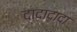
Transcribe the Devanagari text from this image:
दादादादा